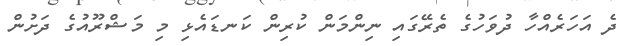
ދެ އަހަރެއްހާ ދުވަހުގެ ތެރޭގައި ނިންމަން ކުރިން ކަނޑައެޅި މި މަޝްރޫއުގެ ދަށުން